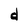
Character: d